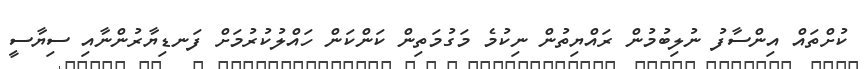
ކުށްތައް އިންސާފު ނުލިބުމުން ރައްޔިތުން ނިކުމެ މަގުމަތިން ކަންކަން ހައްލުކުރުމަށް ފަނޑިޔާރުންނާއި ސިޔާސީ